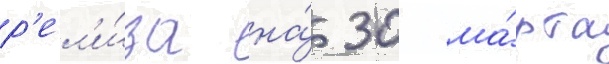
р'ел'и́за на́ 30 ма́рта